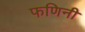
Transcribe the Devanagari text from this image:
फणिनी